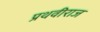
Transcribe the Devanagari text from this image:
प्रथवीराज